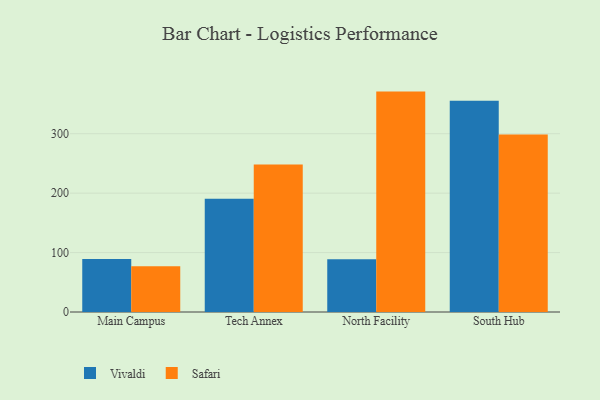
{"axis": {"x": "Campus", "y": "LTV (USD)"}, "legend": ["Safari", "Vivaldi"], "data": [{"x": "Main Campus", "y": 89.4, "type": "Vivaldi"}, {"x": "Main Campus", "y": 76.8, "type": "Safari"}, {"x": "Tech Annex", "y": 190.4, "type": "Vivaldi"}, {"x": "Tech Annex", "y": 248.3, "type": "Safari"}, {"x": "North Facility", "y": 88.6, "type": "Vivaldi"}, {"x": "North Facility", "y": 370.9, "type": "Safari"}, {"x": "South Hub", "y": 355.7, "type": "Vivaldi"}, {"x": "South Hub", "y": 298.8, "type": "Safari"}]}